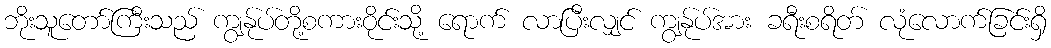
ဘိုးသူတော်ကြီးသည် ကျွန်ုပ်တို့စကားဝိုင်းသို့ ရောက် လာပြီးလျှင် ကျွန်ုပ်အား ခရီးစရိတ် လုံလောက်ခြင်းရှိ